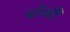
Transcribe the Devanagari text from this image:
चोंगी